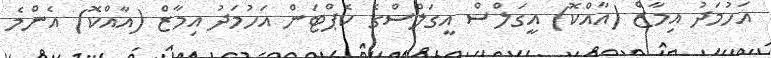
އަހުމަދު އިމާޒް (އާއްކޮ) އީގަލްސް އީގަލްސްގެ ކެޕްޓަން އަހުމަދު އިމާޒް (އާއްކޮ) އެންމެ